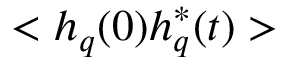
< h _ { q } ( 0 ) h _ { q } ^ { * } ( t ) >